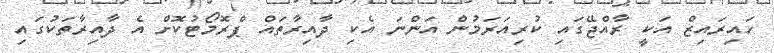
ހައިރައިޒް އަކީ ރާއްޖޭގައި ކުރިއަރަމުން އަންނަ އެކި ދާއިރާތައް ޕްރޮމޯޓުކޮށް އެ ދާއިރާތަކުގައި